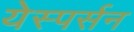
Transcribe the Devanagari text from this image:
येस्पर्सन